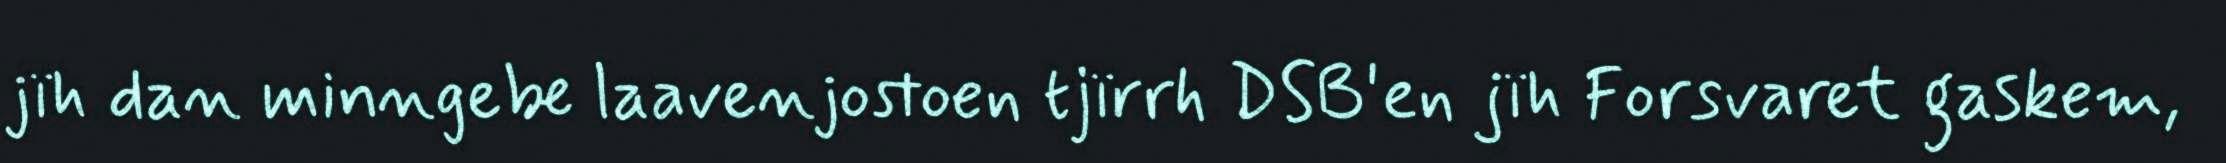
jïh dan minngebe laavenjostoen tjïrrh DSB'en jïh Forsvaret gaskem,